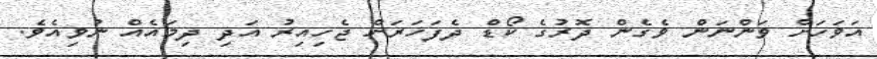
އަވަހަށް ވަންނަން ވެގެން ދޮރުގެ ކޯޑް ދެފަހަރަށް ޖެހިއިރު އަދި ދިމައެއް ނުވިއެވެ.